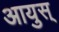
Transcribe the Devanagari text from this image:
आयुस्‌